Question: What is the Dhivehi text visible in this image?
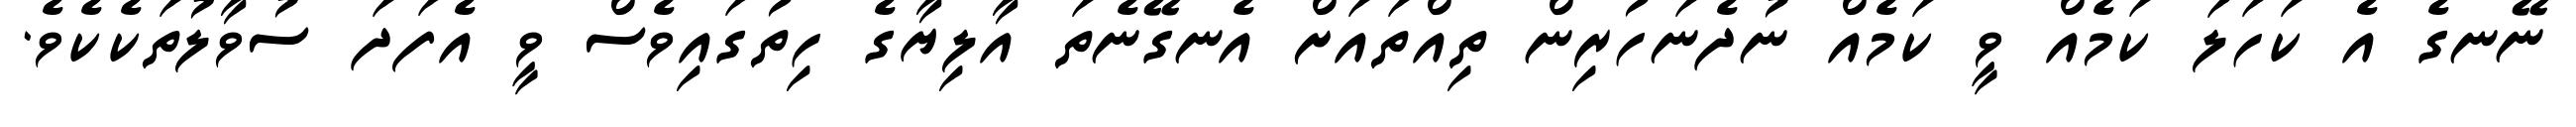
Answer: ނޭނގެ އެ ކަހަލަ ކަމެއް ވީ ކަމެއް ނުދެނަހުރިން ތިއްތައަށް އެނގޭނެތަ އާލިޔާގެ ހިތުގައިވެސް ވީ އެފަދަ ސުވާލުތަކެކެވެ.